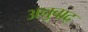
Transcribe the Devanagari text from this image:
अनुवाद्